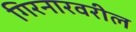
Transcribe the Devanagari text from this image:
गिरनारवरील